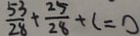
\frac { 5 3 } { 2 8 } + \frac { 2 5 } { 2 8 } + c = 0